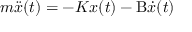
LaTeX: m { \ddot { x } } ( t ) = - K x ( t ) - \mathrm { B } { \dot { x } } ( t )